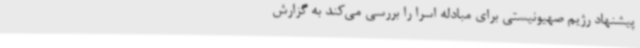
پیشنهاد رژیم صهیونیستی برای مبادله اسرا را بررسی می‌کند به گزارش